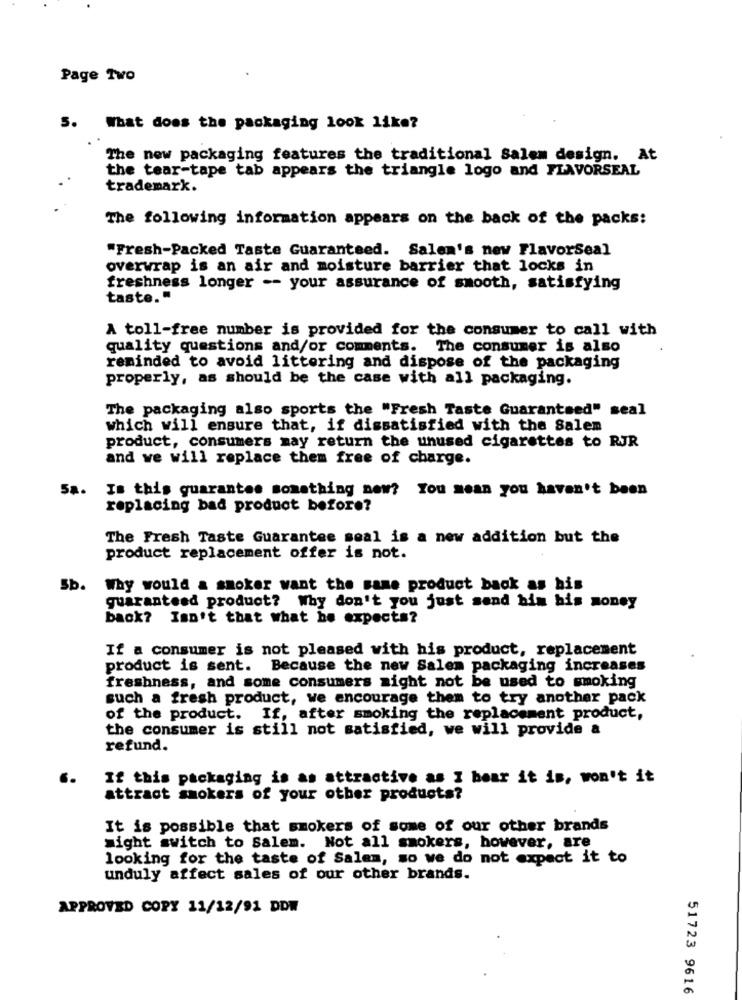
Page Two
5.
What does the packaging look like?
The new packaging features the traditional Salem design. At
the tear-tape tab appears the triangle logo and FLAVORSEAL
trademark.
The following information appears on the back of the packs:
"Fresh-Packed Taste Guaranteed. Salem's new FlavorSeal
overwrap is an air and moisture barrier that locks in
freshness longer -- your assurance of smooth, satisfying
taste."
A toll-free number is provided for the consumer to call with
quality questions and/or comments. The consumer is also
reminded to avoid littering and dispose of the packaging
properly, as should be the case with all packaging.
The packaging also sports the "Fresh Taste Guaranteed" seal
which will ensure that, if dissatisfied with the Salem
product, consumers may return the unused cigarettes to RJR
and we will replace them free of charge.
58.
Is this guarantee something new? You mean you haven't been
replacing bad product before?
The Fresh Taste Guarantee seal is a new addition but the
product replacement offer is not.
Sb. Why would a smoker want the same product back as his
guaranteed product? Why don't you just send him his money
back? Isn't that what he expects?
If a consumer is not pleased with his product, replacement
product is sent. Because the new Salem packaging increases
freshness, and some consumers might not be used to smoking
such a fresh product, we encourage them to try another pack
of the product. If, after smoking the replacement product,
the consumer is still not satisfied, we will provide a
refund.
If this packaging is as attractive as I bear it is, won't it
attract smokers of your other products?
It is possible that smokers of some of our other brands
might switch to Salem. Not all smokers, however, are
looking for the taste of Salem, so we do not expect it to
unduly affect sales of our other brands.
APPROVED COPY 11/12/91 DDW
51723 9616